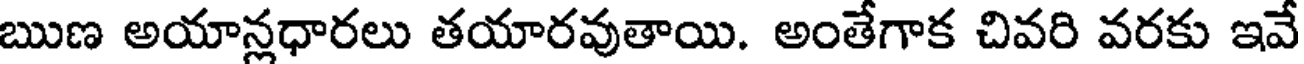
ఋణ అయాన్లధారలు తయారవుతాయి. అంతేగాక చివరి వరకు ఇవే